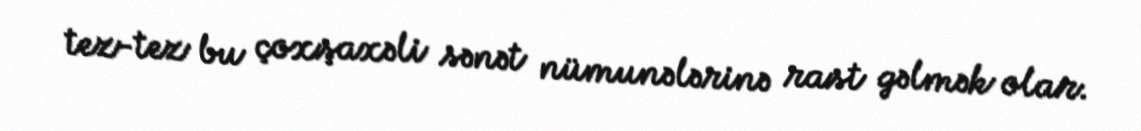
tez-tez bu çoxşaxəli sənət nümunələrinə rast gəlmək olar.